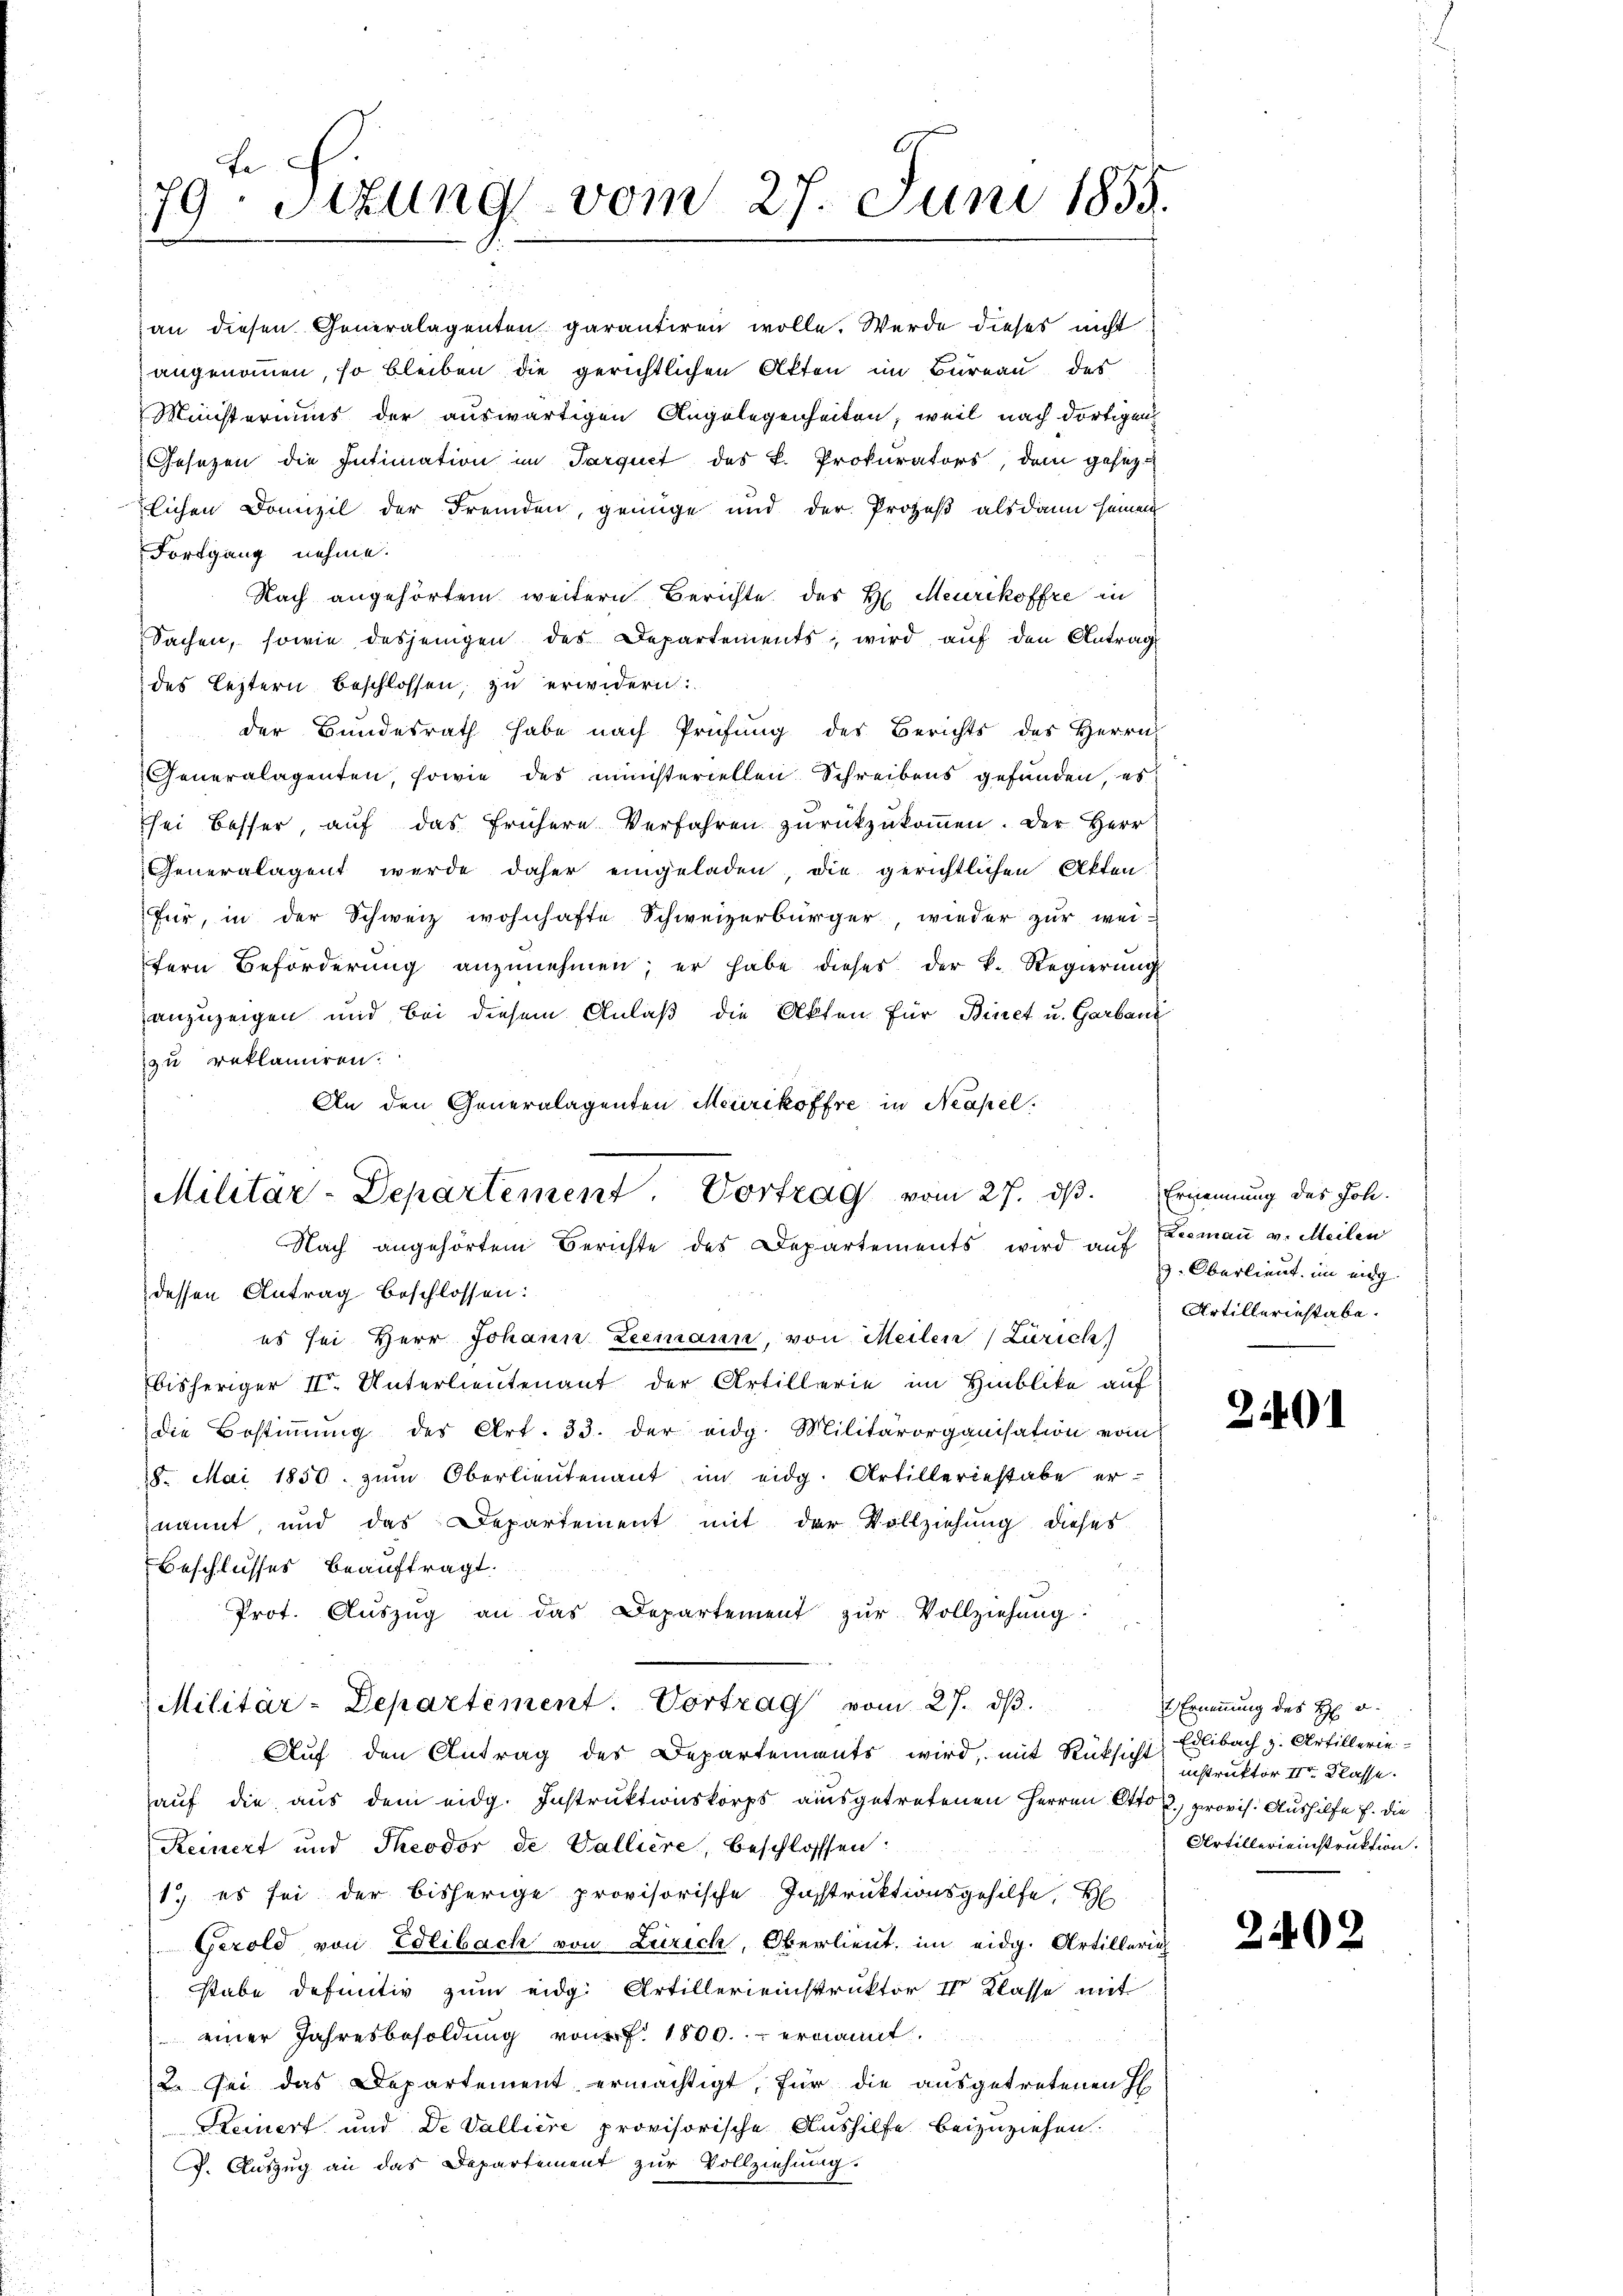
an diesen Generalagenten garantiren wolle. Werde dieses nicht
angenommen, so bleiben die gerichtlichen Akten im Büreau des
Ministeriums der auswärtigen Angelegenheiten, weil nach dortigen
Gesetzen die Intimation im Parquet des k. Prokurators, dem gesez
lichen Domizil der Fremden, genüge und der Prozeß alsdann seinen
Fortgang nehme.
Nach angehörtem weitern Berichte des H. Meurikoffre in
Sachen, sowie desjenigen des Departements, wird auf den Antrag
des Leztern beschlossen, zu erwidern:
der Bundesrath habe nach Prüfŭng des Berichts des Herrn
Generalagenten, sowie des ministeriellen Schreibens gefunden, es
sei besser, auf das frühere Verfahren zurückzukommen. Der Herr
Generalagent wurde daher eingeladen, die gerichtlichen Akten
für, in der Schweiz wohnhafte Schweizerbürger, wieder zur wei-
fern Beförderŭng anzŭnehmen; er habe dieses der k. Regierŭng
anzuzeigen und bei diesem Anlaß die Akten für Büret u. Garbani
zu reklamiren.
An den Generalagenten Meurikoffre in Neapel.

79: Setzung vom 27. Juni 1855.

e
Militar-Departement. Vortrag vom 27. dβ
Nach angehörtem Berichte des Departements wird auf Leemann v. Meilen
dessen Antrag beschlossen:

es sei Herr Johann Leemann, von Meilen (Zürich)
bisheriger II. Unterlieutenant der Artillerie im Hinblike auf
die Bestiṁŭng des Art. 33. der eidg. Militärorganisation vom
8. Mai 1850. zŭm Oberlieŭtenant im eidg. Artilleriestabe er-
nannt, und das Departement mit der Vollziehung dieses
Beschlusses beauftragt.
Prot. Aŭszŭg an das Departement zŭr Vollziehŭng:
Aŭf den Antrag des Departements wird, mit Rücksicht
auf die aus dem eidg. Instruktionskorps ausgetretenen Herren Otto, provis. Aushilfe f. die
Reinert und Theodor de Valliere, beschlosssen:
1.) es sei der bisherige provisorische Instruktionsgehilfe, H
Gerold von Edlibach von Zürich, Oberlieut, im eidg. Artillerich
stabe definitiv zum eidg. Artillereinstruktor II Klasse mit
einer Jahresbesoldung von P. 1800. ernannt.
2. Sei das Departement ermächtigt, für die ausgetretenen H
Keinert und De Vallière provisorische Aushilfe beizuziehen.
g. Auszug an das Departement zur Vollziehung.

Militär-Departement. Vortrag vom 27. dβ.

Ernennung des Joh.
3. Oberlieut. im eidg.
Artilleriestabe.

2401

Ernennung des H v.
Edlibach z. Artillerie
instruktor II Klasse.
Artillerieinstruktion.

2402